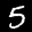
Label: 5